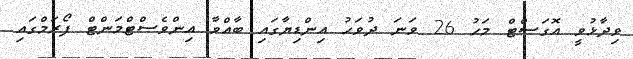
ވިދާޅުވީ އޮގަސްޓް މަހު 26 ވަނަ ދުވަހު އިންޑިޔާގައި ބާއްވާ އިންވެސްޓްމަންޓް ފޯރަމްގައި